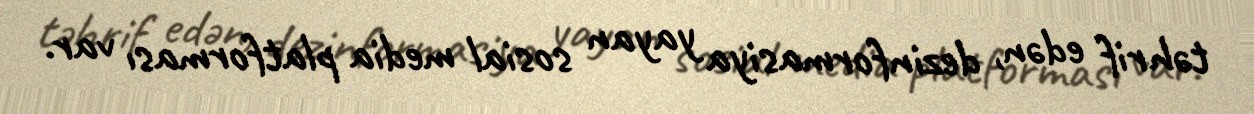
təhrif edən, dezinformasiya yayan sosial media platforması var.